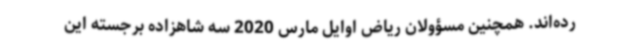
رده‌اند. همچنین مسؤولان ریاض اوایل مارس 2020 سه شاهزاده برجسته این